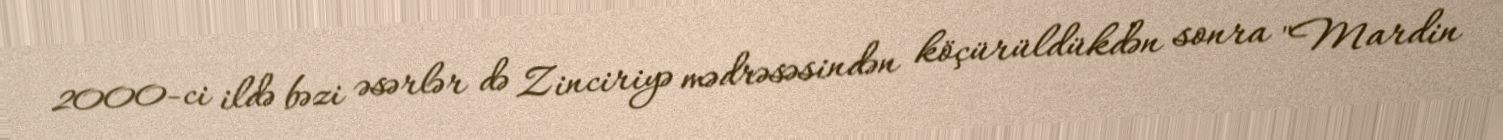
2000-ci ildə bəzi əsərlər də Zinciriyə mədrəsəsindən köçürüldükdən sonra "Mardin